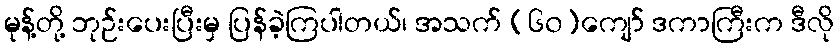
မုန့်တို့ ဘုဉ်းပေးပြီးမှ ပြန်ခဲ့ကြပါတယ်၊ အသက် (၆၀)ကျော် ဒကာကြီးက ဒီလို